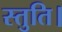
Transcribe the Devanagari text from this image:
स्तुति।